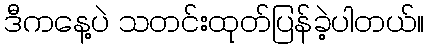
ဒီကနေ့ပဲ သတင်းထုတ်ပြန်ခဲ့ပါတယ်။